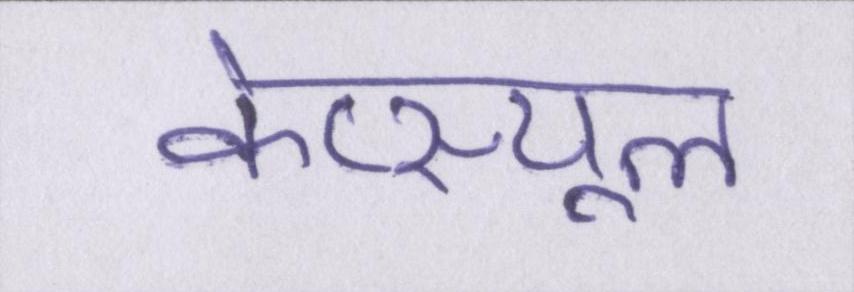
केप्स्यूल